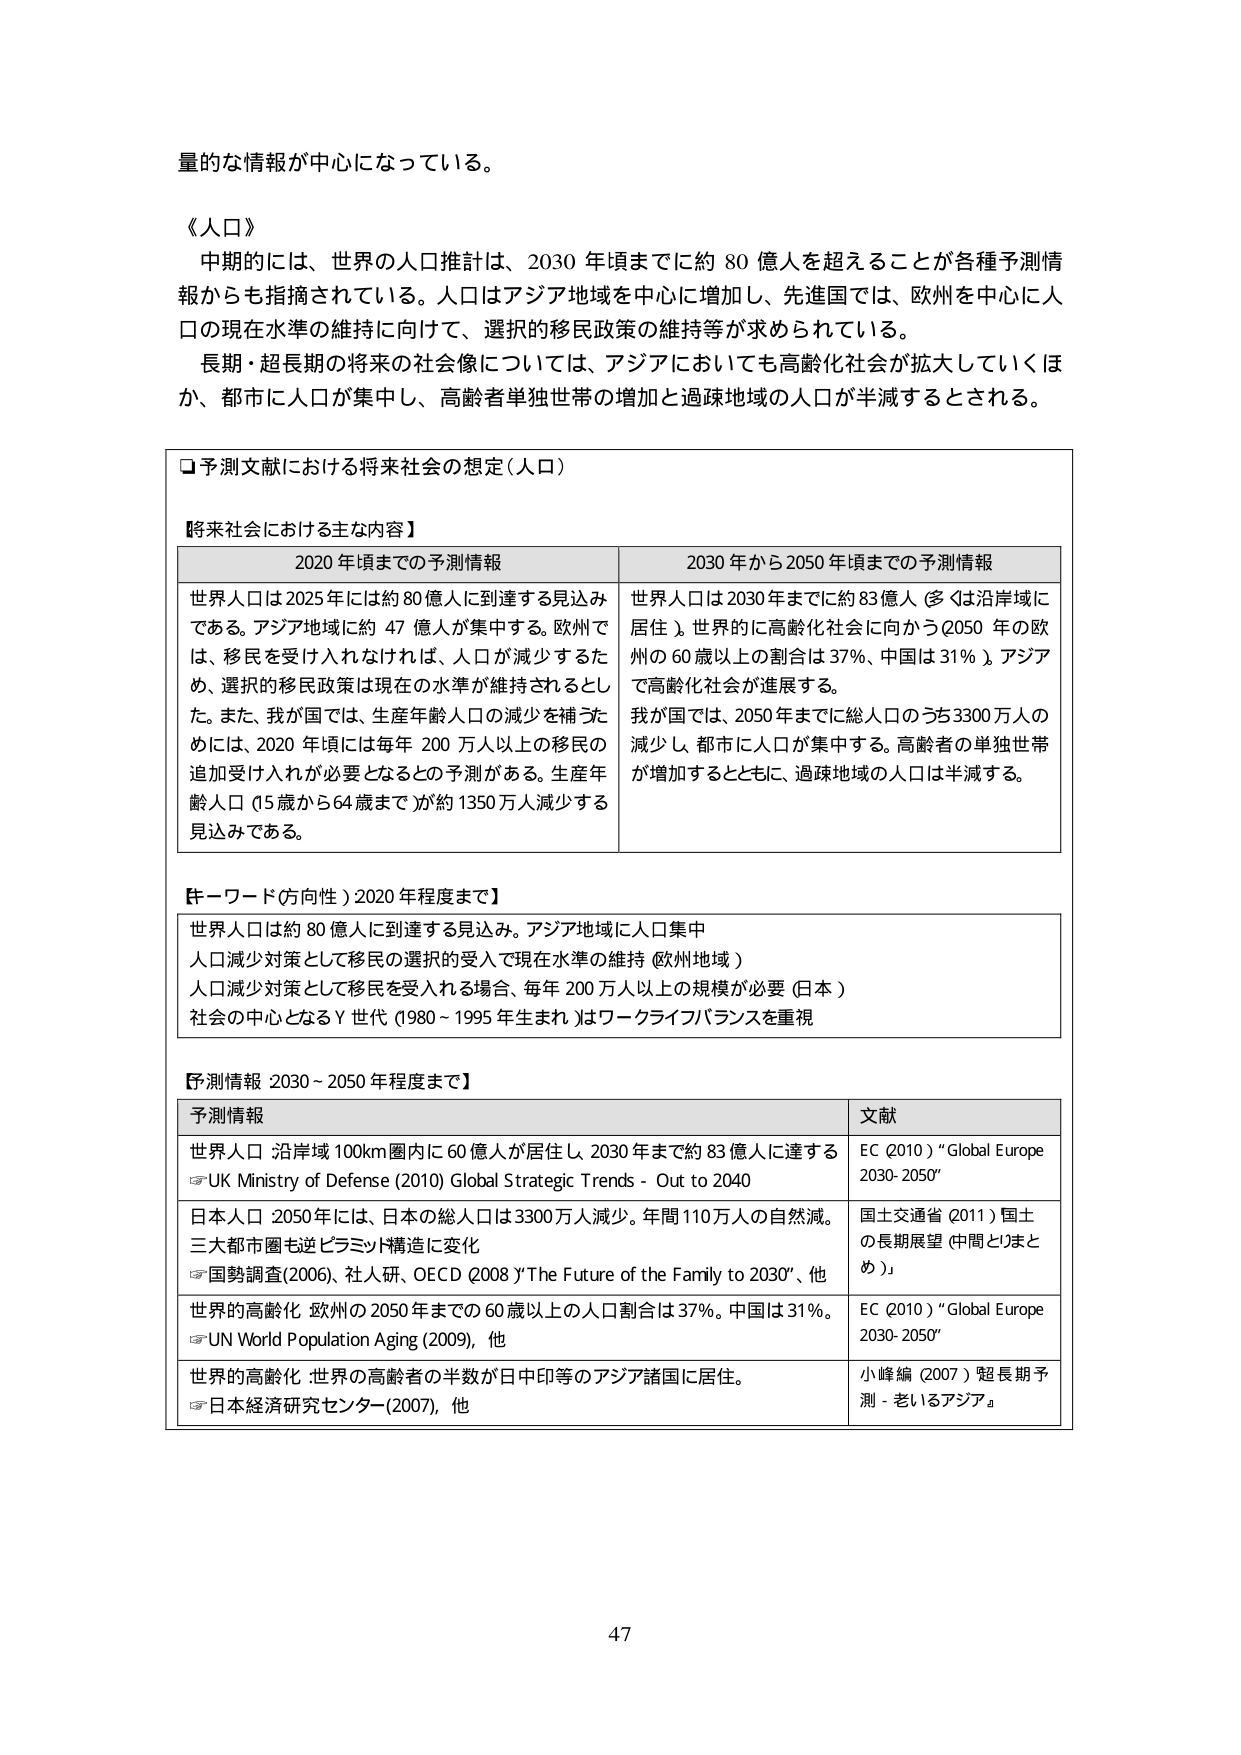
量的な情報が中心になっている。

《人口》
中期的には、世界の人口推計は、2030年頃までに約80億人を超えることが各種予測情報からも指摘されている。人口はアジア地域を中心に増加し、先進国では、欧州を中心に人口の現在水準の維持に向けて、選択的移民政策の維持等が求められている。
長期・超長期の将来の社会像については、アジアにおいても高齢化社会が拡大していくほか、都市に人口が集中し、高齢者単独世帯の増加と過疎地域の人口が半減するとされる。

□予測文献における将来社会の想定（人口）

【将来社会における主な内容】
2020年頃までの予測情報 2030年から2050年頃までの予測情報
世界人口は2025年には約80億人に到達する見込みである。アジア地域に約47億人が集中する。欧州では、移民を受け入れなければ、人口が減少するため、選択的移民政策は現在の水準が維持されるとした。また、我が国では、生産年齢人口の減少を補うためには、2020年頃には毎年200万人以上の移民の追加受け入れが必要となるとの予測がある。生産年齢人口（15歳から64歳まで）が約1350万人減少する見込みである。
世界人口は2030年までに約83億人（多くは沿岸域に居住）。世界的に高齢化社会に向かう（2050年の欧州の60歳以上の割合は37％、中国は31％）。アジアで高齢化社会が進展する。
我が国では、2050年までに総人口のうち3300万人の減少し、都市に人口が集中する。高齢者の単独世帯が増加するとともに、過疎地域の人口は半減する。

【キーワード（方向性）2020年程度まで】
世界人口は約80億人に到達する見込み。アジア地域に人口集中
人口減少対策として移民の選択的受入れで現在水準の維持（欧州地域）
人口減少対策として移民を受入れる場合、毎年200万人以上の規模が必要（日本）
社会の中心となるY世代（1980～1995年生まれ）はワークライフバランスを重視

【予測情報 2030～2050年程度まで】
予測情報 文献
世界人口：沿岸域100km圏内に60億人が居住し、2030年まで約83億人に達する
→UK Ministry of Defense (2010) Global Strategic Trends - Out to 2040
EC (2010) “Global Europe 2030-2050”
日本人口：2050年には、日本の総人口は3300万人減少。年間110万人の自然減。三大都市圏も逆ピラミッド構造に変化
→国勢調査(2006)、社人研、OECD (2008) “The Future of the Family to 2030”、他
国土交通省 (2011) 国土の長期展望（中間とりまとめ）
世界の高齢化：欧州の2050年までの60歳以上の人口割合は37％。中国は31％。
→UN World Population Aging (2009)、他
EC (2010) “Global Europe 2030-2050”
世界の高齢化：世界の高齢者の半数が日中印等のアジア諸国に居住。
→日本経済研究センター(2007)、他
小峰編 (2007) “超長期予測－老いるアジア”

47